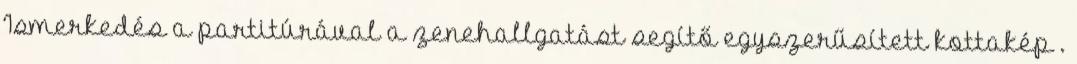
Ismerkedés a partitúrával a zenehallgatást segítő egyszerűsített kottakép .